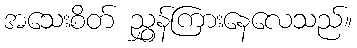
အသေးစိတ် ညွှန်ကြားနေလေသည်။